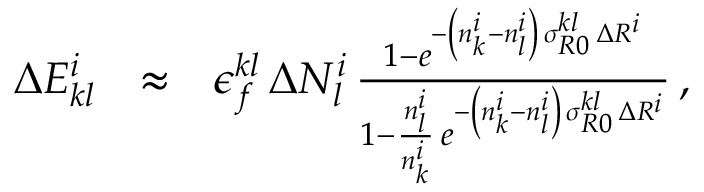
\begin{array} { r l r } { \Delta E _ { k l } ^ { i } } & { \approx } & { \epsilon _ { f } ^ { k l } \, \Delta N _ { l } ^ { i } \, \frac { 1 - e ^ { - \left( n _ { k } ^ { i } - n _ { l } ^ { i } \right) \, \sigma _ { R 0 } ^ { k l } \, \Delta R ^ { i } } } { 1 - \frac { n _ { l } ^ { i } } { n _ { k } ^ { i } } \, e ^ { - \left( n _ { k } ^ { i } - n _ { l } ^ { i } \right) \, \sigma _ { R 0 } ^ { k l } \, \Delta R ^ { i } } } \, , } \end{array}